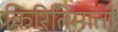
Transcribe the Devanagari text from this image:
किरितिमाती